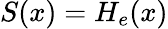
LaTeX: S(x)=H_{e}(x)